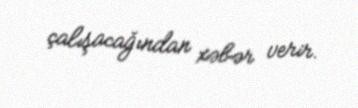
çalışacağından xəbər verir.